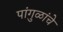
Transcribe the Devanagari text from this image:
पांगुळांचे